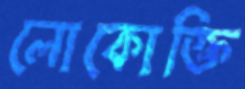
লোকোক্তি